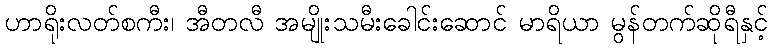
ဟာရိုးလတ်စကီး၊ အီတလီ အမျိုးသမီးခေါင်းဆောင် မာရိယာ မွန်တက်ဆိုရီနှင့်